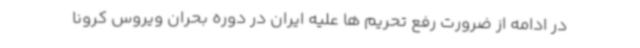
در ادامه از ضرورت رفع تحریم ها علیه ایران در دوره بحران ویروس کرونا